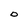
Character: O